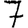
Digit: 7